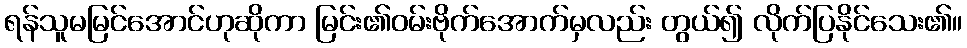
ရန်သူမမြင်အောင်ဟုဆိုကာ မြင်း၏ဝမ်းဗိုက်အောက်မှလည်း တွယ်၍ လိုက်ပြနိုင်သေး၏။